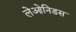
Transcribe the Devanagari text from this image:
लेओनिडस